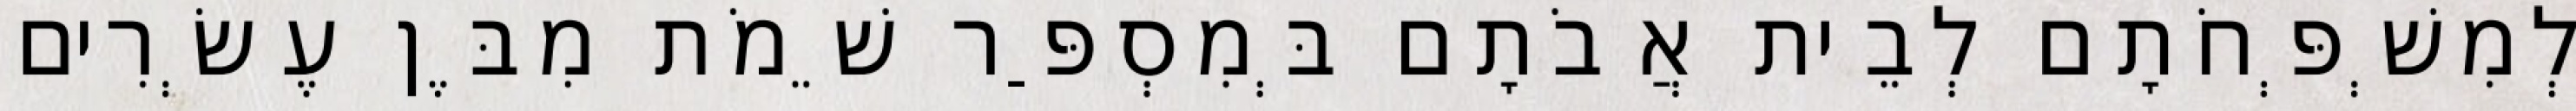
לְמִשְׁפְּחֹתָם לְבֵית אֲבֹתָם בְּמִסְפַּר שֵׁמֹת מִבֶּן עֶשְׂרִים